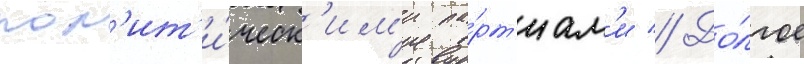
пол'ит'и́ческ'им'и па́рт'иам'и // До́лгое